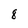
Character: 8